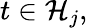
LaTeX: t\in\mathcal{H}_{j},